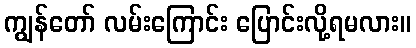
ကျွန်တော် လမ်းကြောင်း ပြောင်းလို့ရမလား။